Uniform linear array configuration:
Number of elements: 64
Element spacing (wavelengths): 0.25
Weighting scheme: hamming
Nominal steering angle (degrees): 45
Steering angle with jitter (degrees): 45.552
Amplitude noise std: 0.05
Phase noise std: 0.05

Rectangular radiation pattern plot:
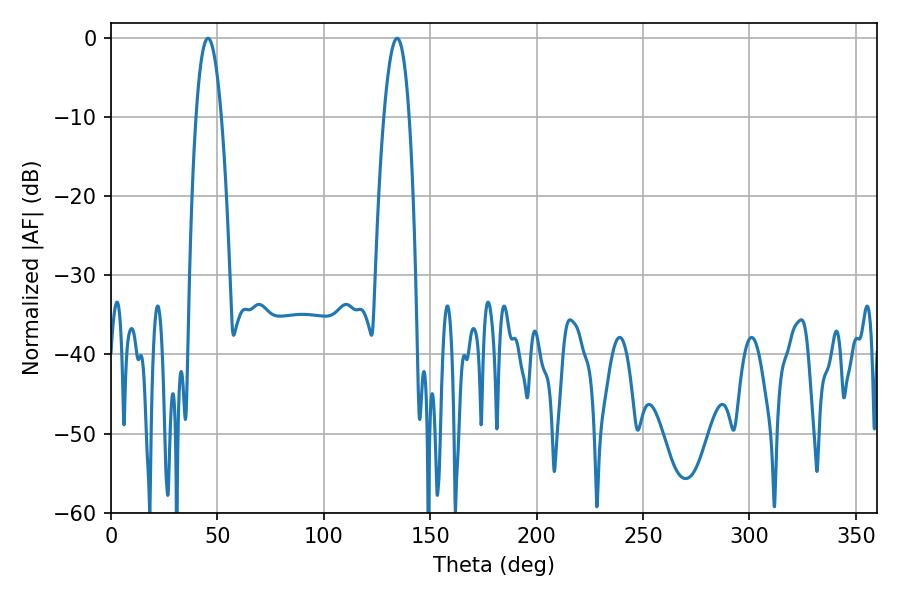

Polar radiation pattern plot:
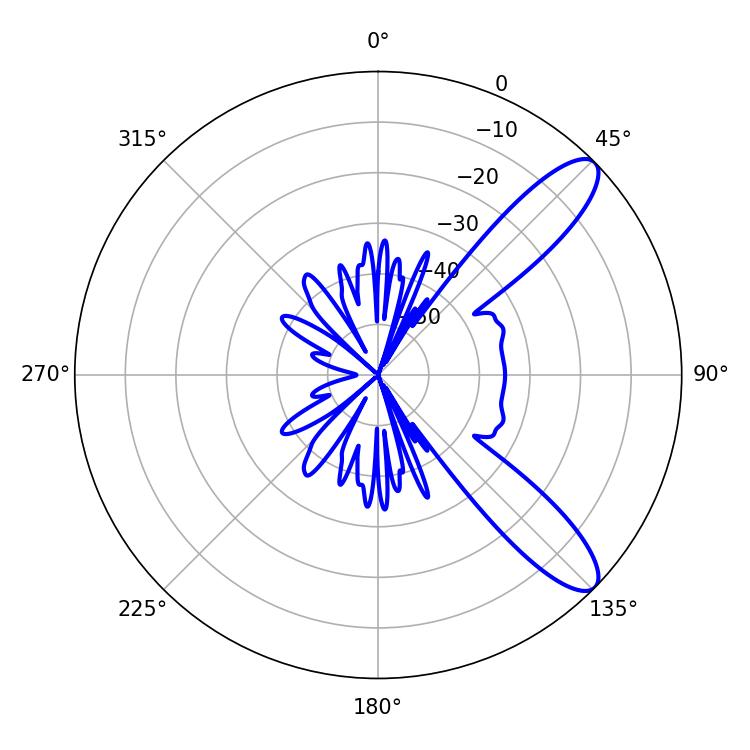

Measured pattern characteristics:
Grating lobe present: FALSE
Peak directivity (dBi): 10.534
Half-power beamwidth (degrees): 6.66
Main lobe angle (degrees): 45.54